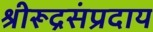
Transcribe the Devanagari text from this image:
श्रीरूद्रसंप्रदाय